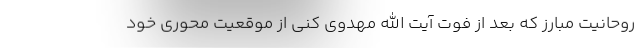
روحانیت مبارز که بعد از فوت آیت الله مهدوی کنی از موقعیت محوری خود